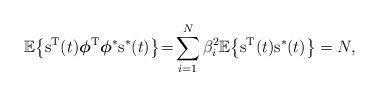
LaTeX: \begin{align*}\mathbb{E}\big\{{{\rm s}^{\rm T}(t)}\boldsymbol{\phi}^{\rm T}\boldsymbol{\phi}^{\ast}{{\rm s}^{\ast}(t)}\big\}\!=\!\sum_{i=1}^{N}{\beta_{i}^{2}}\mathbb{E}\big\{{{\rm s}^{\rm T}(t)}{{\rm s}^{\ast}(t)}\big\}=N,\end{align*}